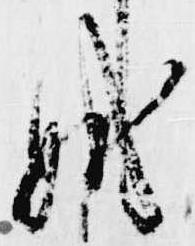
職